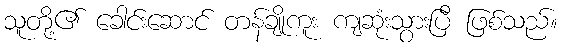
သူတို့၏ ခေါင်းဆောင် တန်ချိုကူး ကျဆုံးသွားပြီ ဖြစ်သည်။